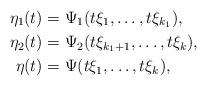
LaTeX: \begin{align*} \eta_1(t) &= \Psi_1(t \xi_1, \ldots, t\xi_{k_1}), \\ \eta_2(t) &= \Psi_2(t \xi_{k_1+1}, \ldots, t\xi_k), \\ \eta(t) &= \Psi(t \xi_1, \ldots, t\xi_k),\end{align*}